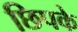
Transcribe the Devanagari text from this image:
छिपके